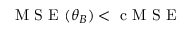
\mathrm { ~ M ~ S ~ E ~ } ( \boldsymbol { \theta } _ { B } ) < \mathrm { ~ c ~ M ~ S ~ E ~ }